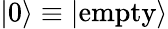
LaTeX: \left|0\right\rangle\equiv\left|\textrm{empty}\right\rangle